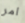
امر